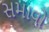
સમાવો